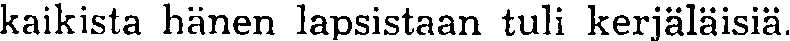
kaikista hänen lapsistaan tuli kerjäläisiä.